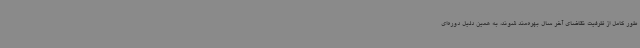
طور کامل از ظرفیت تقاضای آخر سال بهره‌مند شوند، به همین دلیل دوره‌ای